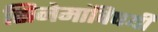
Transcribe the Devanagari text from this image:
सिनेमांविषयी